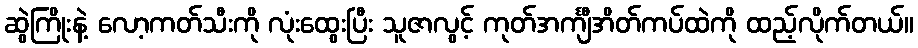
ဆွဲကြိုးနဲ့ လော့ကတ်သီးကို လုံးထွေးပြီး သူဇာလွင့် ကုတ်အင်္ကျီအိတ်ကပ်ထဲကို ထည့်လိုက်တယ်။